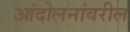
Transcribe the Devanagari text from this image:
आंदोलनांवरील